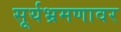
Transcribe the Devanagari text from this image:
सूर्यभ्रमणावर